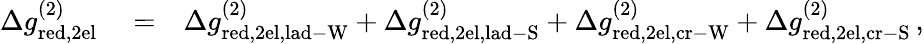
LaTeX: \begin{array}{rlr}{\Delta g_{\mathrm{red,2el}}^{(2)}}&{{}=}&{\Delta g_{\mathrm{red,2el,lad-W}}^{(2)}+\Delta g_{\mathrm{red,2el,lad-S}}^{(2)}+\Delta g_{\mathrm{red,2el,cr-W}}^{(2)}+\Delta g_{\mathrm{red,2el,cr-S}}^{(2)}\, ,}\end{array}